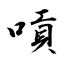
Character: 嗊